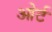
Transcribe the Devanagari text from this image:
ओर्ट